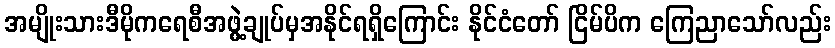
အမျိုးသားဒီမိုကရေစီအဖွဲ့ချုပ်မှအနိုင်ရရှိကြောင်း နိုင်ငံတော် ငြိမ်ပိက ကြေညာသော်လည်း